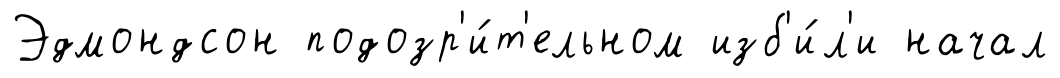
Эдмондсон подозр'и́т'ельном изб'и́л'и начал